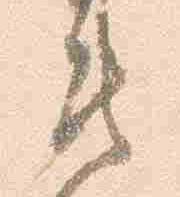
貴